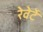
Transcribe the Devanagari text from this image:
रेवेर्टे